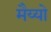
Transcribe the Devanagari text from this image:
मैय्यो